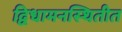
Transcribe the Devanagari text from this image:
द्विधामनस्थितीत